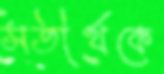
সতীর্থকে